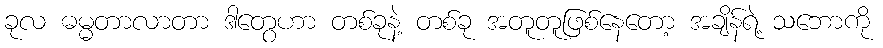
ခုလ ဓမ္မတာလာတာ ဒါတွေဟာ တစ်ခုနဲ့ တစ်ခု အတူတူဖြစ်နေတော့ အချိန်ရဲ့ သဘောကို